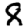
Digit: 8